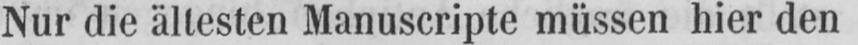
Nur die ältesten Manuscripte müssen hier den